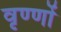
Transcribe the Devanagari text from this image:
वृण्णों